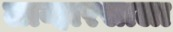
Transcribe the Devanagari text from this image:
लाव्हारसाला